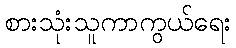
စားသုံးသူကာကွယ်ရေး